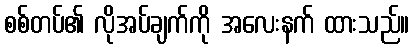
စစ်တပ်၏ လိုအပ်ချက်ကို အလေးနက် ထားသည်။